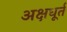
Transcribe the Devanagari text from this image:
अक्षधूर्त